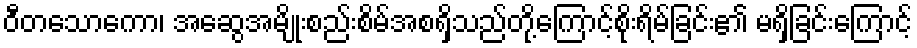
ဝီတသောကော၊ အဆွေအမျိုးစည်းစိမ်အစရှိသည်တို့ကြောင့်စိုးရိမ်ခြင်း၏ မရှိခြင်းကြောင့်